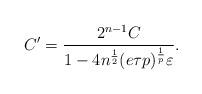
LaTeX: \begin{align*}C'=\frac{2^{n-1}C}{1-4n^\frac12(e\tau p)^\frac{1}{p}\varepsilon}.\end{align*}